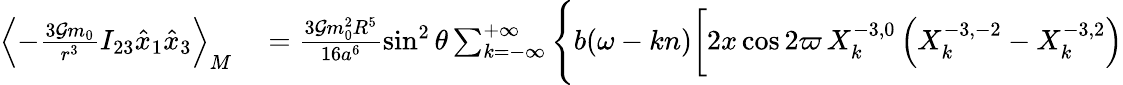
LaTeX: \begin{array}{rl}{\left\langle-\frac{3{\cal G}m_{0}}{r^{3}}I_{23}\hat{x}_{1}\hat{x}_{3}\right\rangle_{M}}&{{}=\frac{3{\cal G}m_{0}^{2}R^{5}}{16a^{6}}\sin^{2}\theta\sum_{k=-\infty}^{+\infty}\Bigg\{ b(\omega-kn)\bigg[2x\cos 2\varpi\, X_{k}^{-3,0}\left(X_{k}^{-3,-2}-X_{k}^{-3,2}\right)}\end{array}